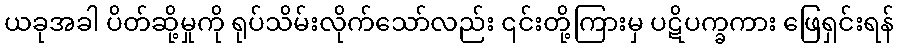
ယခုအခါ ပိတ်ဆို့မှုကို ရုပ်သိမ်းလိုက်သော်လည်း ၎င်းတို့ကြားမှ ပဋိပက္ခကား ဖြေရှင်းရန်